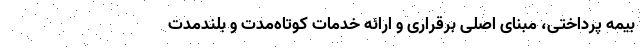
بیمه پرداختی، مبنای اصلی برقراری و ارائه خدمات کوتاه‌مدت و بلندمدت